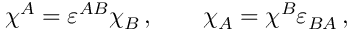
\chi ^ { A } = \varepsilon ^ { A B } \chi _ { B } \, , \qquad \chi _ { A } = \chi ^ { B } \varepsilon _ { B A } \, ,